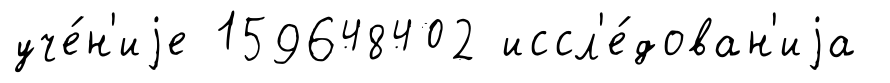
уче́н'иjе 159648402 иссл'е́дован'иjа